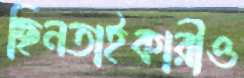
ছিনতাইকারীও